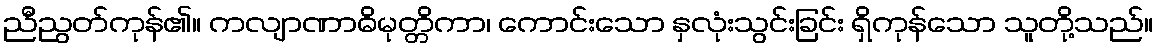
ညီညွတ်ကုန်၏။ ကလျာဏာဓိမုတ္တိကာ၊ ကောင်းသော နှလုံးသွင်းခြင်း ရှိကုန်သော သူတို့သည်။